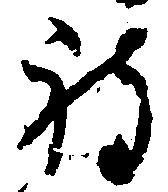
被